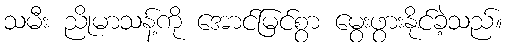
သမီး ညိုမာသန့်ကို အောင်မြင်စွာ မွေးဖွားနိုင်ခဲ့သည်။